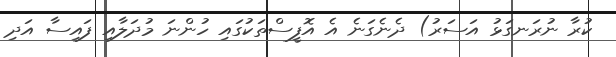
ކުރާ ނުރަނގަޅު އަސަރު) ދެނެގަނެ އެ އޮފީސްތަކުގައި ހުންނަ މުދަލާއި ފައިސާ އަދި